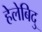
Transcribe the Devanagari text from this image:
हेलेबिदु